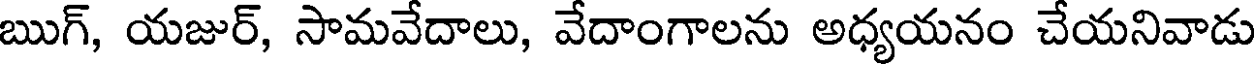
ఋగ్, యజుర్, సామవేదాలు, వేదాంగాలను అధ్యయనం చేయనివాడు